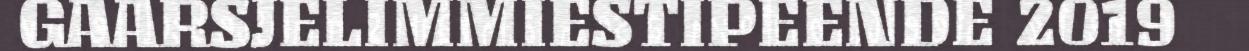
GAARSJELIMMIESTIPEENDE 2019